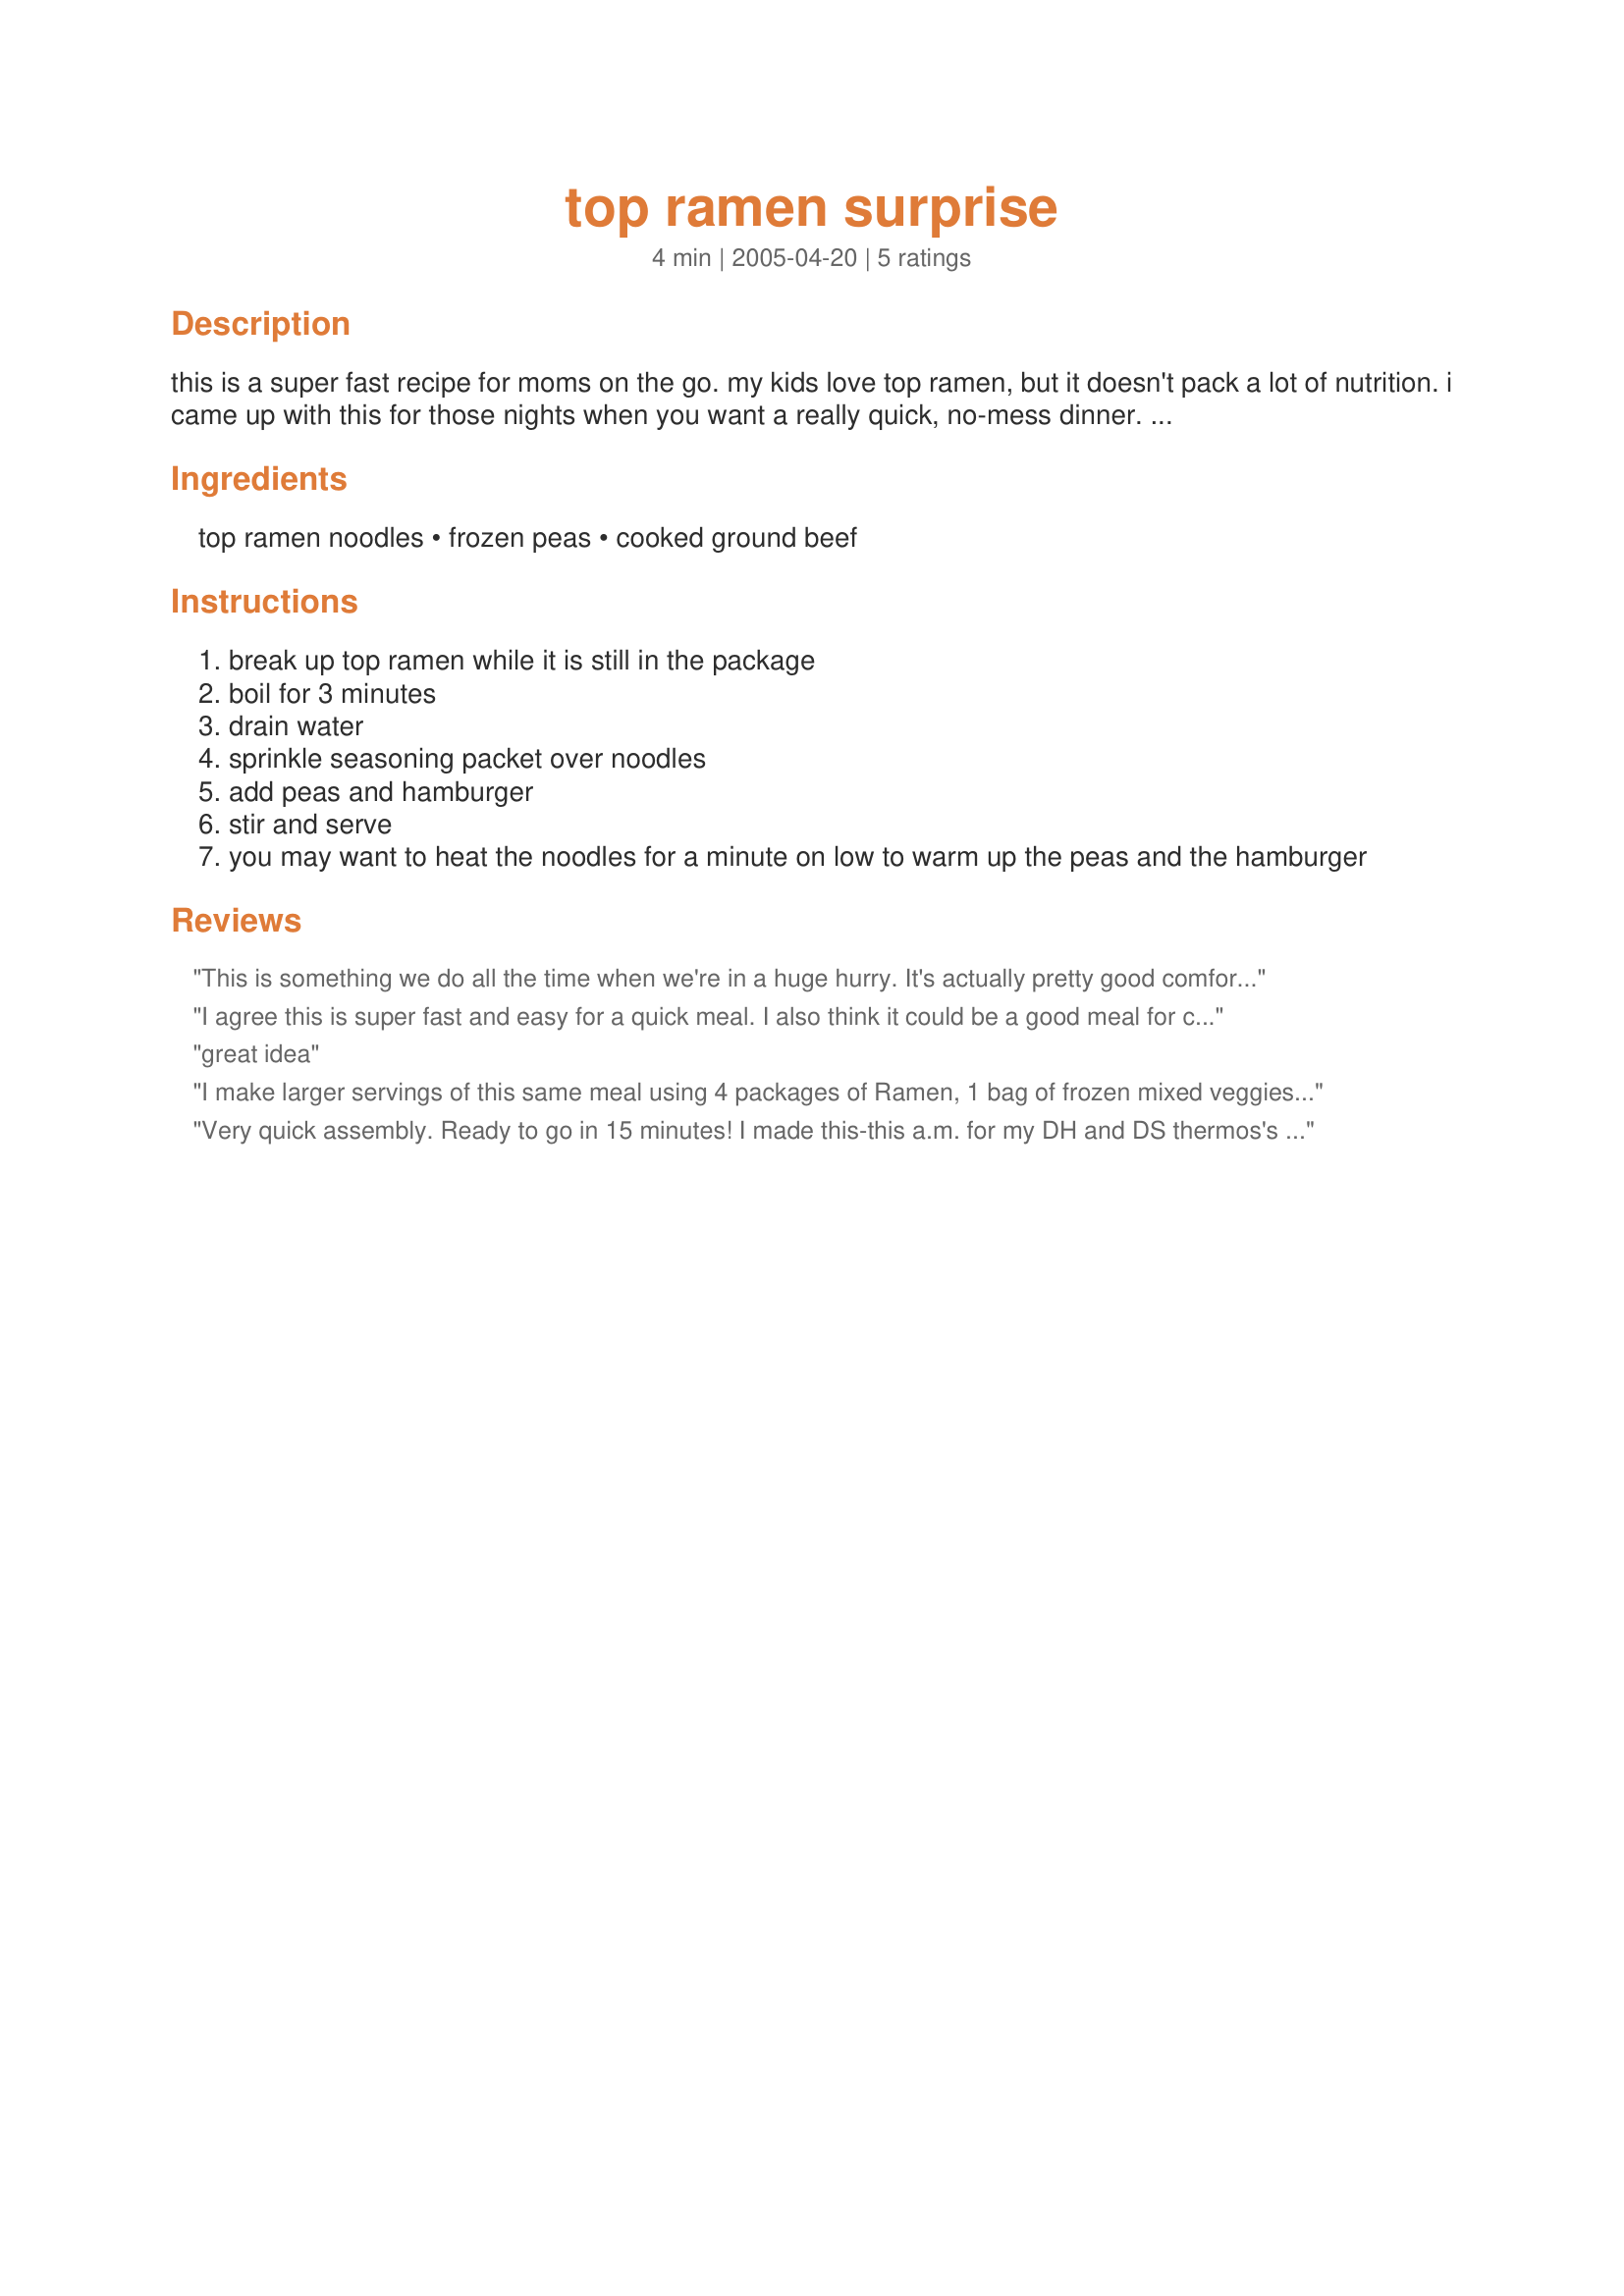
top ramen surprise
Preparation time: 4 minutes

this is a super fast recipe for moms on the go. my kids love top ramen, but it doesn't pack a lot of nutrition. i came up with this for those nights when you want a really quick, no-mess dinner. it's a great idea to keep prepared veggies and cooked meat in the freezer to throw into a recipe at the last minute for a healthy, fast meal.

Ingredients:
top ramen noodles, frozen peas, cooked ground beef

Steps:
break up top ramen while it is still in the package
boil for 3 minutes
drain water
sprinkle seasoning packet over noodles
add peas and hamburger
stir and serve
you may want to heat the noodles for a minute on low to warm up the peas and the hamburger

Reviews:
This is something we do all the time when we're in a huge hurry. It's actually pretty good comfort food!!
I agree this is super fast and easy for a quick meal. I also think it could be a good meal for camping. I used frozen mixed vegetables. My husband and I sprinkled soy sauce to give a little more flavor. Had with a tossed salad and garlic bread. Thanks for the quick recipe.
great idea
I make larger servings of this same meal using 4 packages of Ramen, 1 bag of frozen mixed veggies, and 1 lb of ground beef or turkey. Could also substitue fresh veggies. It's a very fast and cheap meal. Glad you shared.
Very quick assembly. Ready to go in 15 minutes! I made this-this a.m. for my DH and DS thermos's for their lunch, on such an extremely wet day we are having it will be nice for them to have a hot lunch.
Thank You genus!
